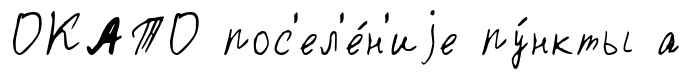
ОКАТО пос'ел'е́н'иjе пу́нкты а